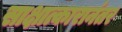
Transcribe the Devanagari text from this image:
साक्षात्कारानंतर